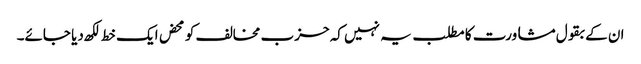
ان کے بقول مشاورت کا مطلب یہ نہیں کہ حزب مخالف کو محض ایک خط لکھ دیا جائے۔